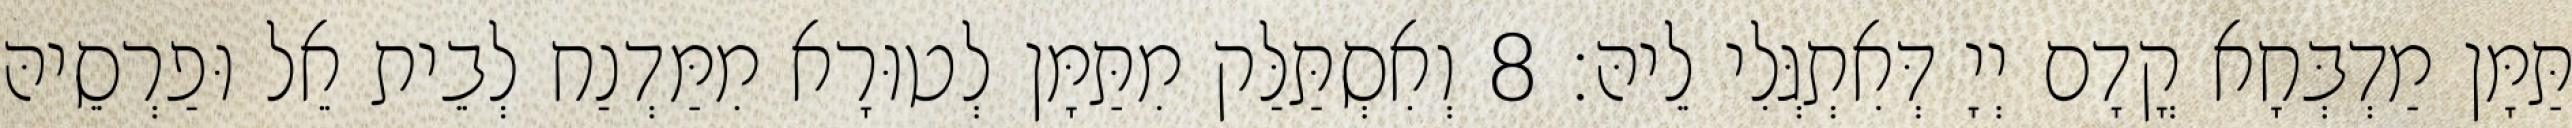
תַּמָּן מַדְבְּחָא קֳדָם יְיָ דְּאִתְגְּלִי לֵיהּ׃ 8 וְאִסְתַּלַּק מִתַּמָּן לְטוּרָא מִמַּדְנַח לְבֵית אֵל וּפַרְסֵיהּ